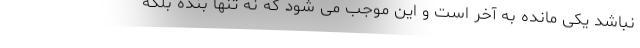
نباشد یکی مانده به آخر است و این موجب می شود که نه تنها بنده بلکه